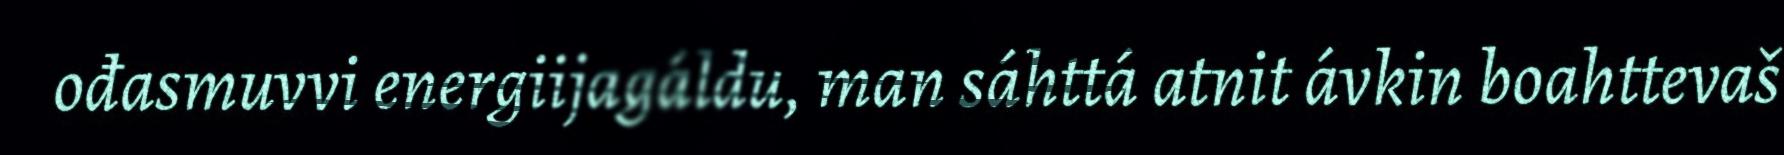
ođasmuvvi energiijagáldu, man sáhttá atnit ávkin boahttevaš